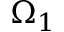
\Omega _ { 1 }